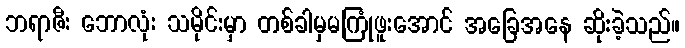
ဘရာဇီး ဘောလုံး သမိုင်းမှာ တစ်ခါမှမကြုံဖူးအောင် အခြေအနေ ဆိုးခဲ့သည်။